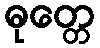
ဓုတ္တေ